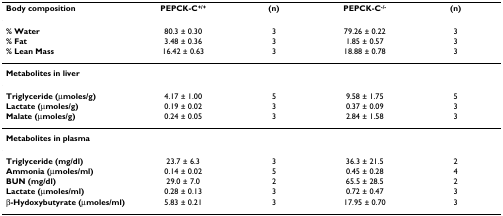
| Body composition | PEPCK-C+/+ | (n) | PEPCK-C-/- | (n) |
 | --- | --- | --- | --- | --- |
 | % Water | 80.3 ± 0.30 | 3 | 79.26 ± 0.22 | 3 |
 | % Fat | 3.48 ± 0.36 | 3 | 1.85 ± 0.57 | 3 |
 | % Lean Mass | 16.42 ± 0.63 | 3 | 18.88 ± 0.78 | 3 |
 | Metabolites in liver |  |  |  |  |
 | Triglyceride (μmoles/g) | 4.17 ± 1.00 | 5 | 9.58 ± 1.75 | 5 |
 | Lactate (μmoles/g) | 0.19 ± 0.02 | 3 | 0.37 ± 0.09 | 3 |
 | Malate (μmoles/g) | 0.24 ± 0.05 | 3 | 2.84 ± 1.58 | 3 |
 | Metabolites in plasma |  |  |  |  |
 | Triglyceride (mg/dl) | 23.7 ± 6.3 | 3 | 36.3 ± 21.5 | 2 |
 | Ammonia (μmoles/ml) | 0.14 ± 0.02 | 5 | 0.45 ± 0.28 | 4 |
 | BUN (mg/dl) | 29.0 ± 7.0 | 2 | 65.5 ± 28.5 | 2 |
 | Lactate (μmoles/ml) | 0.28 ± 0.13 | 3 | 0.72 ± 0.47 | 3 |
 | β-Hydoxybutyrate (μmoles/ml) | 5.83 ± 0.21 | 3 | 17.95 ± 0.70 | 3 |